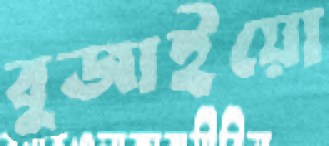
বুজাইয়ো